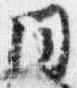
同